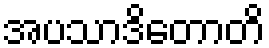
အပသာဒိတောတိ